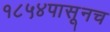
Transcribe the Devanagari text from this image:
१८५४पासूनच